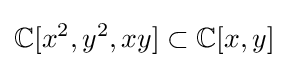
\mathbb {C} [x^{2},y^{2},xy]\subset \mathbb {C} [x,y]